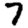
Digit: 7